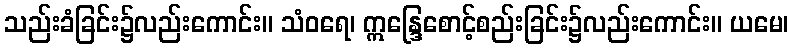
သည်းခံခြင်း၌လည်းကောင်း။ သံဝရေ၊ ဣန္ဒြေစောင့်စည်းခြင်း၌လည်းကောင်း။ ယမေ၊